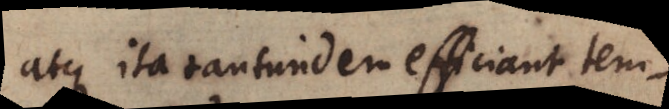
atque ita tantundem efficiant tem-